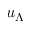
u _ { \Lambda }